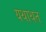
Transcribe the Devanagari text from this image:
यथाथत